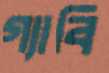
গ্যাবি